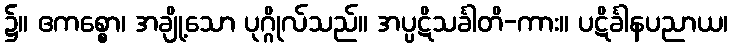
၌။ ဧကစ္စော၊ အချို့သော ပုဂ္ဂိုလ်သည်။ အပ္ပဋိသင်္ခါတိ-ကား။ ပဋိင်္ခါနပညာယ၊